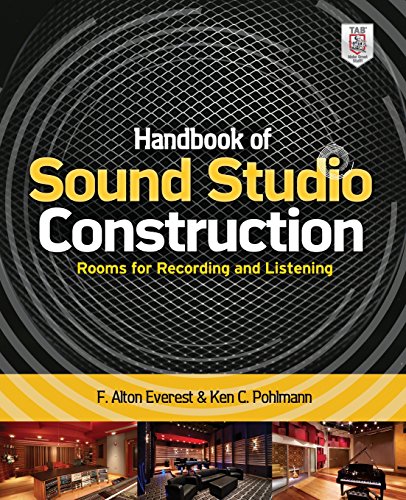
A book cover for Handbook of Sound Studio Construction: Rooms for Recording and Listening; Ken Pohlmann; Arts & Photography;